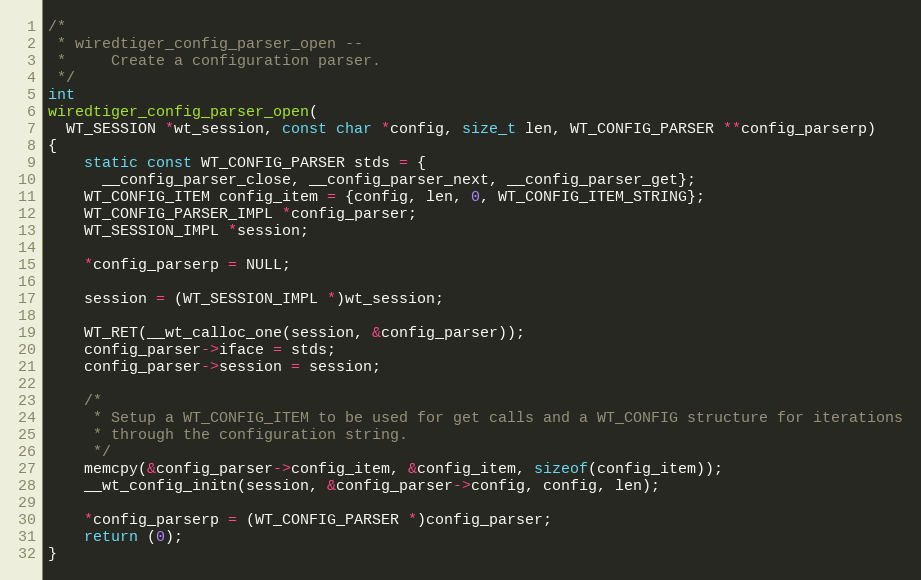
Language: C
/*
 * wiredtiger_config_parser_open --
 *     Create a configuration parser.
 */
int
wiredtiger_config_parser_open(
  WT_SESSION *wt_session, const char *config, size_t len, WT_CONFIG_PARSER **config_parserp)
{
    static const WT_CONFIG_PARSER stds = {
      __config_parser_close, __config_parser_next, __config_parser_get};
    WT_CONFIG_ITEM config_item = {config, len, 0, WT_CONFIG_ITEM_STRING};
    WT_CONFIG_PARSER_IMPL *config_parser;
    WT_SESSION_IMPL *session;

    *config_parserp = NULL;

    session = (WT_SESSION_IMPL *)wt_session;

    WT_RET(__wt_calloc_one(session, &config_parser));
    config_parser->iface = stds;
    config_parser->session = session;

    /*
     * Setup a WT_CONFIG_ITEM to be used for get calls and a WT_CONFIG structure for iterations
     * through the configuration string.
     */
    memcpy(&config_parser->config_item, &config_item, sizeof(config_item));
    __wt_config_initn(session, &config_parser->config, config, len);

    *config_parserp = (WT_CONFIG_PARSER *)config_parser;
    return (0);
}